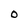
Character: 0